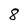
Character: 8